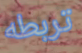
تربطه